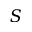
S